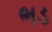
ભડ